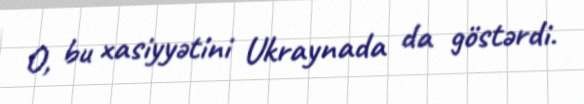
O, bu xasiyyətini Ukraynada da göstərdi.